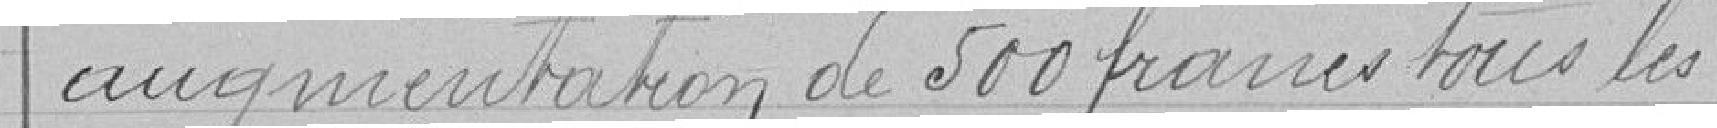
augmentation de 500 francs tous les